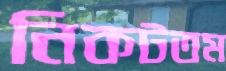
নিকটতম